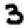
Digit: 3